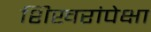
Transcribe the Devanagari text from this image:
शिखरांपेक्षा